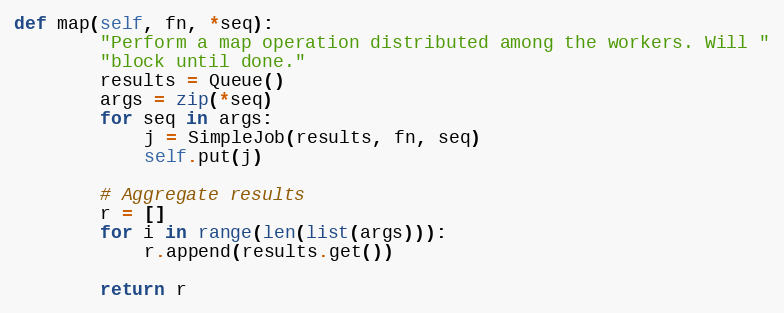
Language: Python
def map(self, fn, *seq):
        "Perform a map operation distributed among the workers. Will "
        "block until done."
        results = Queue()
        args = zip(*seq)
        for seq in args:
            j = SimpleJob(results, fn, seq)
            self.put(j)

        # Aggregate results
        r = []
        for i in range(len(list(args))):
            r.append(results.get())

        return r